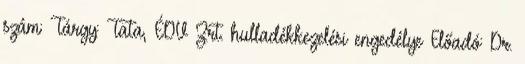
szám: Tárgy: Tata, ÉDV Zrt. hulladékkezelési engedélye Előadó: Dr.